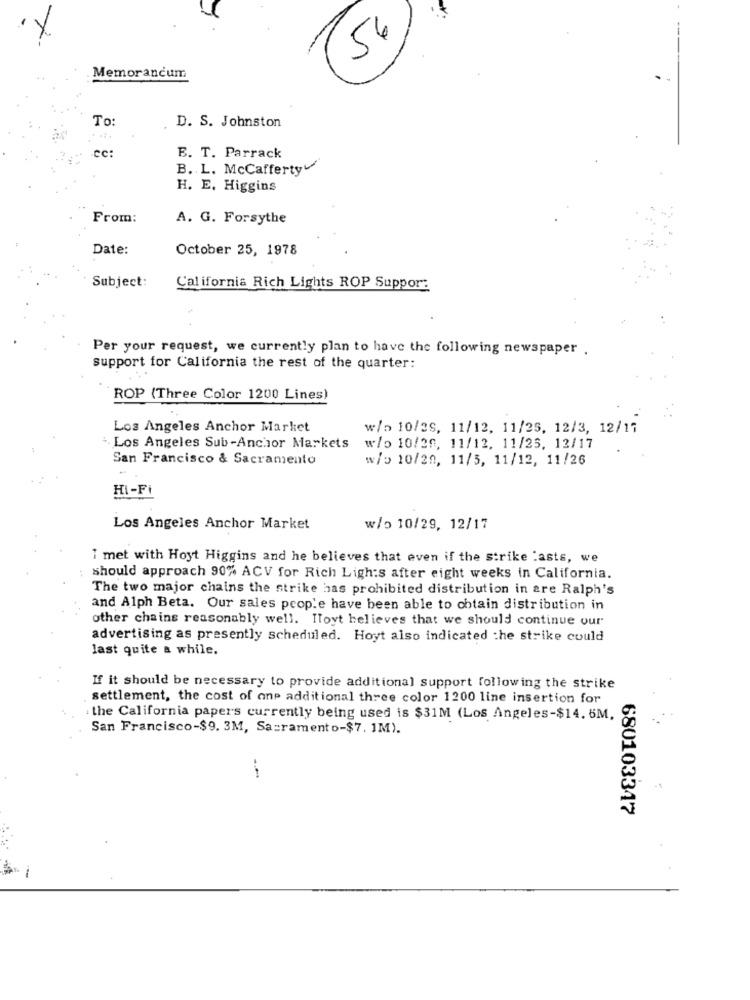
56
Memorandum
To:
D. S. Johnston
cc:
E. T. Parrack
B. L. McCafferty
H. E. Higgins
From:
A. G. Forsythe
Date:
October 25, 1978
Subject:
California Rich Lights ROP Suppor:
Per your request, we currently plan to have the following newspaper .
support for California the rest of the quarter:
ROP (Three Color 1200 Lines)
Los Angeles Anchor Market
w/> 10/25, 11/12, 11/25, 12/3, 12/17
. Los Angeles Sub-Anchor Markets
w/o 10/20, 11/12, 11/25, 12/17
San Francisco & Sacramento
w/5 10/20, 11/5, 11/12, 11/26
HI-Fi
Los Angeles Anchor Market
w/o 10/29, 12/17
1 met with Hoyt Higgins and he believes that even if the strike :asts, we
:should approach 90% ACV for Rich Ligh:s after eight weeks in California.
The two major chains the strike has prohibited distribution in are Ralph's
and Alph Beta. Our sales people have been able to obtain distribution in
other chains reasonably well. Ifoyt believes that we should continue our
advertising as presently scheduled. Hoyt also indicated the strike could
last quite a while.
If it should be necessary to provide additional support following the strike
settlement, the cost of one additional three color 1200 line insertion for
the California papers currently being used is $31M (Los Angeles-$14.6M.
San Francisco-$9. 3M, Sacramento-$7. IM).
680103347